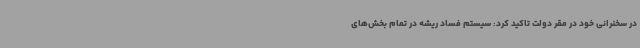
در سخنرانی خود در مقر دولت تاکید کرد: سیستم فساد ریشه در تمام بخش‌های